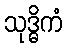
သုဒ္ဓိကံ